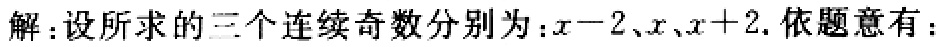
解：设所求的三个连续奇数分别为：\(x - 2\)、\(x\)、\(x + 2\). 依题意有：